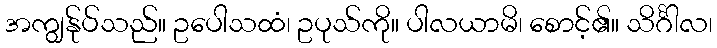
အကျွန်ုပ်သည်။ ဥပေါသထံ၊ ဥပုသ်ကို။ ပါလယာမိ၊ စောင့်၏။ သိင်္ဂါလ၊